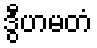
ဒွီဟမတံ